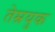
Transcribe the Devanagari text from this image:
तेम्रयुक